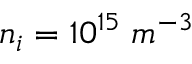
n _ { i } = 1 0 ^ { 1 5 } \; m ^ { - 3 }